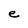
Character: e